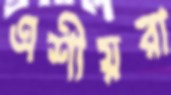
এশীয়রা